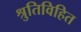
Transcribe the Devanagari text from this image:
श्रुतिविहित